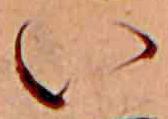
い